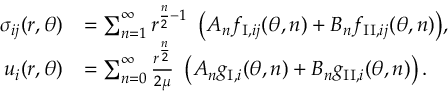
\begin{array} { r l } { \sigma _ { i j } ( r , \theta ) } & { = \sum _ { n = 1 } ^ { \infty } { r ^ { \frac { n } { 2 } - 1 } \ \left( A _ { n } f _ { \mathrm { I } , i j } ( \theta , n ) + B _ { n } f _ { \mathrm { I I } , i j } ( \theta , n ) \right) } , } \\ { u _ { i } ( r , \theta ) } & { = \sum _ { n = 0 } ^ { \infty } \frac { r ^ { \frac { n } { 2 } } } { 2 \mu } \ \left( A _ { n } g _ { \mathrm { I } , i } ( \theta , n ) + B _ { n } g _ { \mathrm { I I } , i } ( \theta , n ) \right) . } \end{array}